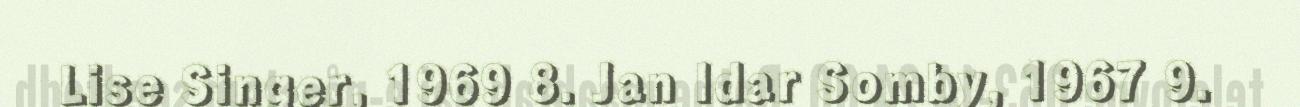
Lise Singer, 1969 8. Jan Idar Somby, 1967 9.